Vaccination in Bombay 1889-1901 - 1889-1901
Year: 1889
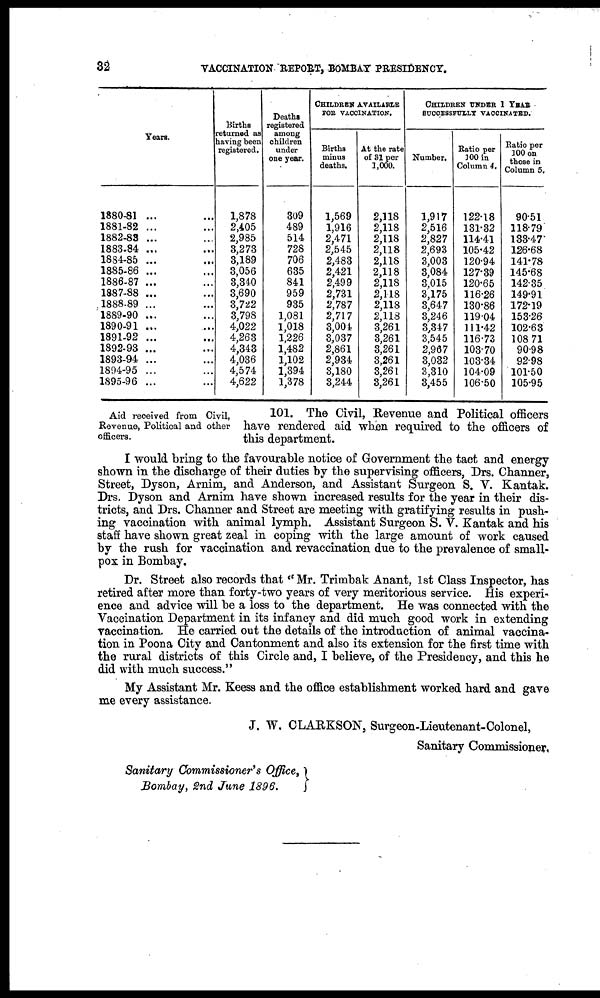
32
VACCINATION REPORT, BOMBAY PRESIDENCY.
Years.
1880-81 ... ...
1881-82 ... ...
1882-83 ... ...
1883-84 ... ...
1884-85 ... ...
1885-86 ... ...
1886-87 ... ...
1887-88 ... ...
1888-89 ... ...
1889-90 ... ...
1890-91 ... ...
1891-92 ... ...
1892-93 ... ...
1893-94 ... ...
1894-95 ... ...
1895-96 ...
Births
returned as
having been
registered.
1,878
2,405
2,985
3,273
3,189
3,056
3,340
3,690
3,722
3,798
4,022
4,263
4,343
4,036
4,574
4,622
Deaths
registered
among
children
under
one year.
309
489
514
728
706
635
841
959
935
1,081
1,018
1,226
1,482
1,102
1,394
1,378
CHILDREN AVAILABLE
FOR VACCINATION.
Births
minus
deaths.
1,569
1,916
2,471
2,545
2,483
2,421
2,499
2,731
2,787
2,717
3,004
3,037
2,861
2,934
3,180
3,244
At the rate
of 31 per
1,000.
2,118
2,118
2,118
2,118
2,118
2,118
2,118
2,118
2,118
2,118
3,261
3,261
3,261
3,261
3,261
3,261
CHILDREN UNDER 1 YEAR
SUCCESSFULLY VACCINATED.
Number.
1,917
2,516
2,827
2,693
3,003
3,084
3,015
3,175
3,647
3,246
3,347
3,545
2,967
3,032
3,310
3,455
Ratio per
100 in
Column 4.
122.18
131.32
114.41
105.42
120.94
127.39
120.65
116.26
130.86
119.04
111.42
116.73
103.70
103.34
104.09
106.50
Ratio per
100 on
those in
Column 5.
90.51
118.79
133.47
126.68
141.78
145.68
142.35
149.91
172.19
153.26
102.63
108.71
90.98
92.98
101.50
105.95
Aid received from Civil,
Revenue, Political and other
officers.
101. The Civil, Revenue and Political officers
have rendered aid when required to the officers of
this department.
I would bring to the favourable notice of Government the tact and energy
shown in the discharge of their duties by the supervising officers, Drs. Channer,
Street, Dyson, Arnim, and Anderson, and Assistant Surgeon S. V. Kantak.
Drs. Dyson and Arnim have shown increased results for the year in their dis-
tricts, and Drs. Channer and Street are meeting with gratifying results in push-
ing vaccination with animal lymph. Assistant Surgeon S. V. Kantak and his
staff have shown great zeal in coping with the large amount of work caused
by the rush for vaccination and revaccination due to the prevalence of small-
pox in Bombay.
Dr. Street also records that " Mr. Trimbak Anant, 1st Class Inspector, has
retired after more than forty-two years of very meritorious service. His experi-
ence and advice will be a loss to the department. He was connected with the
Vaccination Department in its infancy and did much good work in extending
vaccination. He carried out the details of the introduction of animal vaccina-
tion in Poona City and Cantonment and also its extension for the first time with
the rural districts of this Circle and, I believe, of the Presidency, and this he
did with much success."
My Assistant Mr. Keess and the office establishment worked hard and gave
me every assistance.
J. W. CLARKSON, Surgeon-Lieutenant-Colonel,
Sanitary Commissioner,
Sanitary Commissioner's Office,
Bombay, 2nd June 1896.